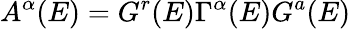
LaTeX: A^{\alpha}(E)=G^{r}(E)\Gamma^{\alpha}(E)G^{a}(E)